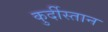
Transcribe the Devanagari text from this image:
कुर्दीस्तान